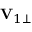
\mathbf { V } _ { 1 \perp }